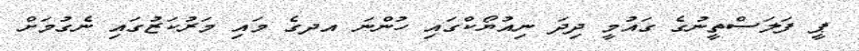
ޕީ ފަލަސްތީނުގެ ގައުމީ ދިދަ ނިއުޔޯކްގައި ހުންނަ އދގެ މައި މަރުކަޒުގައި ނެގުމަށް